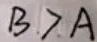
B > A